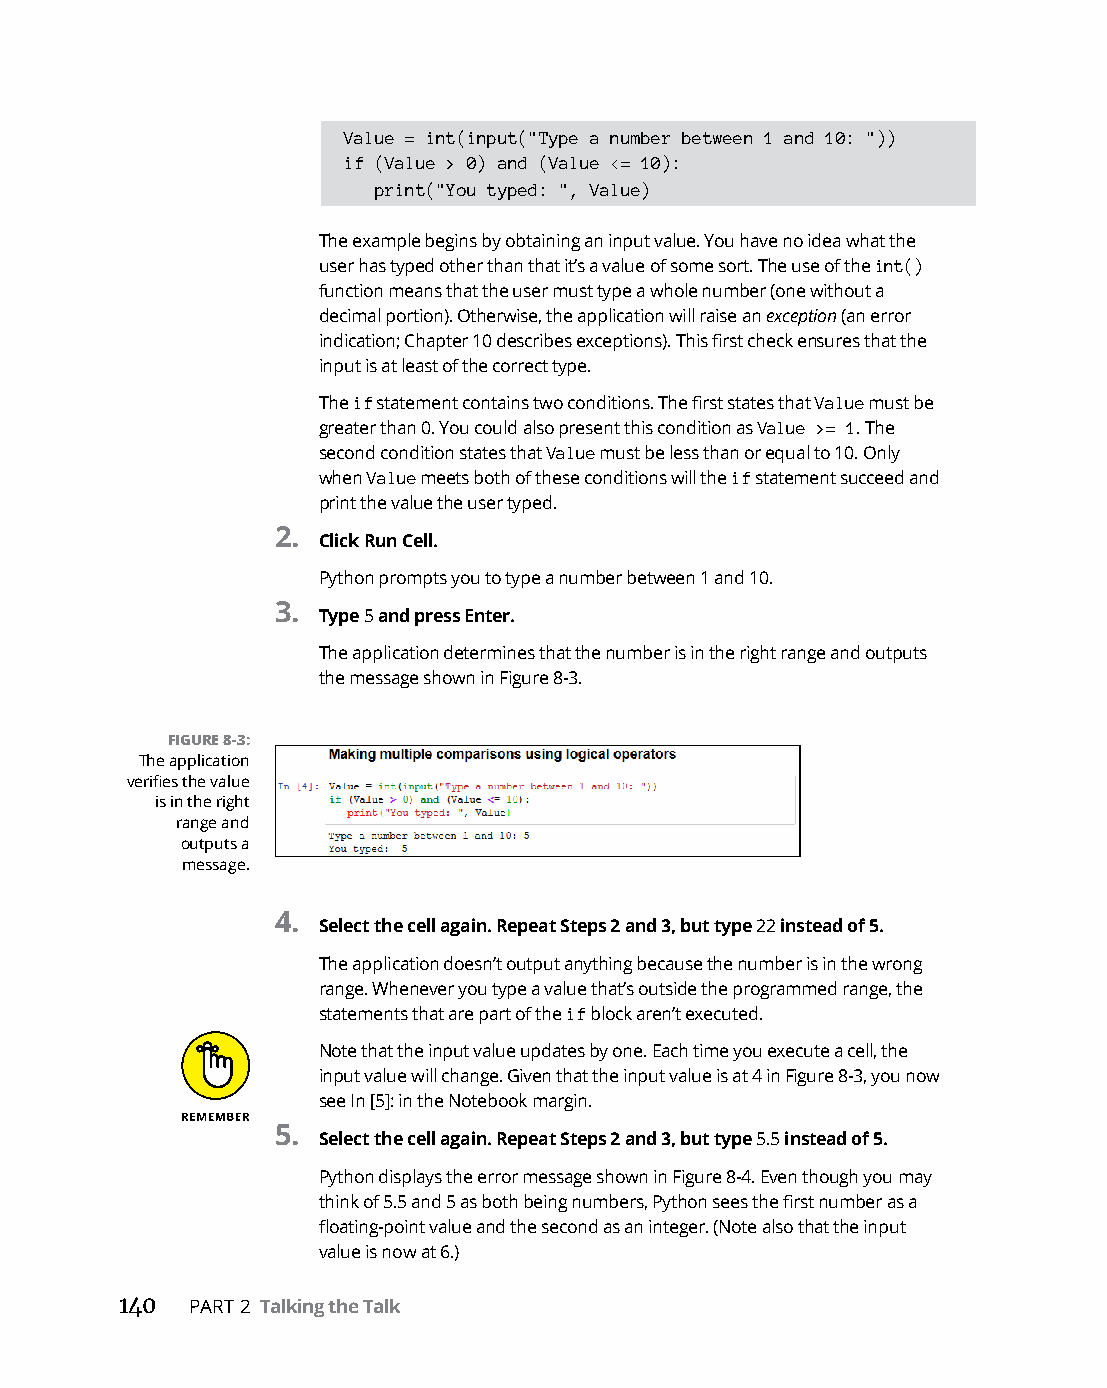
Value = int(input("Type a number between 1 and 10: "))
 if (Value > 0) and (Value <= 10):
 print("You typed: ", Value)
 The example begins by obtaining an input value. You have no idea what the
 user has typed other than that it’s a value of some sort. The use of the int()
 function means that the user must type a whole number (one without a
 decimal portion). Otherwise, the application will raise an exception (an error
 indication; Chapter 10 describes exceptions). This first check ensures that the
 input is at least of the correct type.
 The if statement contains two conditions. The first states that Value must be
 greater than 0. You could also present this condition as Value >= 1. The
 second condition states that Value must be less than or equal to 10. Only
 when Value meets both of these conditions will the if statement succeed and
 print the value the user typed.
 2.
 Click Run Cell.
 Python prompts you to type a number between 1 and 10.
 3.
 Type 5 and press Enter.
 The application determines that the number is in the right range and outputs
 the message shown in Figure 8-3.
 FIGURE 8-3:
 The application
 verifies the value
 is in the right
 range and
 outputs a
 message.
 4.
 Select the cell again. Repeat Steps 2 and 3, but type 22 instead of 5.
 The application doesn’t output anything because the number is in the wrong
 range. Whenever you type a value that’s outside the programmed range, the
 statements that are part of the if block aren’t executed.
 Note that the input value updates by one. Each time you execute a cell, the
 input value will change. Given that the input value is at 4 in Figure 8-3, you now
 see In [5]: in the Notebook margin.
 5.
 Select the cell again. Repeat Steps 2 and 3, but type 5.5 instead of 5.
 Python displays the error message shown in Figure 8-4. Even though you may
 think of 5.5 and 5 as both being numbers, Python sees the first number as a
 floating-point value and the second as an integer. (Note also that the input
 value is now at 6.)
 140  PART 2 Talking the Talk